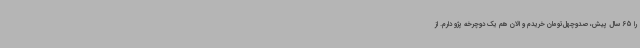
را 65 سال پیش، صدوچهل‌تومان خریدم و الان هم یک دوچرخه پژو دارم. از